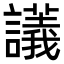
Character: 𧭖